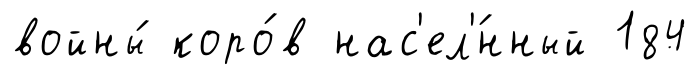
войны́ коро́в нас'ел'́нный 184